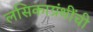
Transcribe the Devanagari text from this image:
लसिकाग्रंथींची